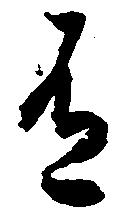
有